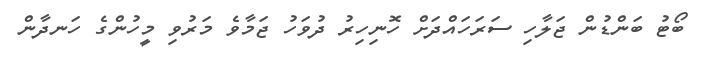
ބޯޓު ބަންޑުން ޖަލާހި ސަރަހައްދަށް ހޮނިހިރު ދުވަހު ޖަމާވެ މަރުވި މީހުންގެ ހަނދާން